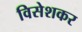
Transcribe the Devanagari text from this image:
विसेशकर